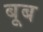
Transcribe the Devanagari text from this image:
बूब